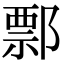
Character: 𨝓